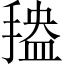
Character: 𱠡